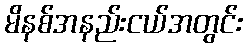
မိနစ်အနည်းငယ်အတွင်း